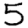
Digit: 5